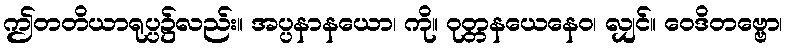
ဤတတိယာရုပ္ပ၌လည်း။ အပ္ပနာနယော၊ ကို။ ဝုတ္တနယေနေဝ၊ လျှင်။ ဝေဒိတဗ္ဗော၊